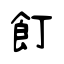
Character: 飣